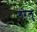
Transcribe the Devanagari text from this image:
गरेलु